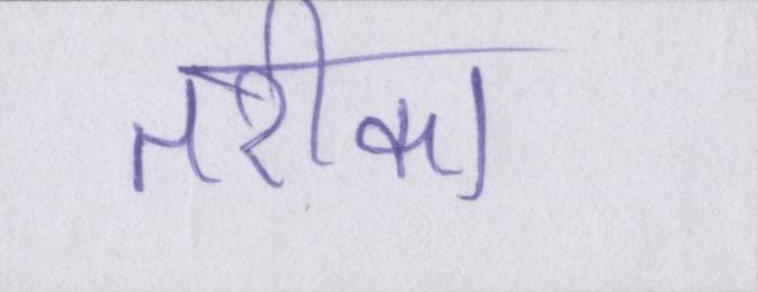
तरीका